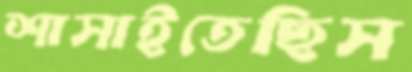
শাসাইতেছিস